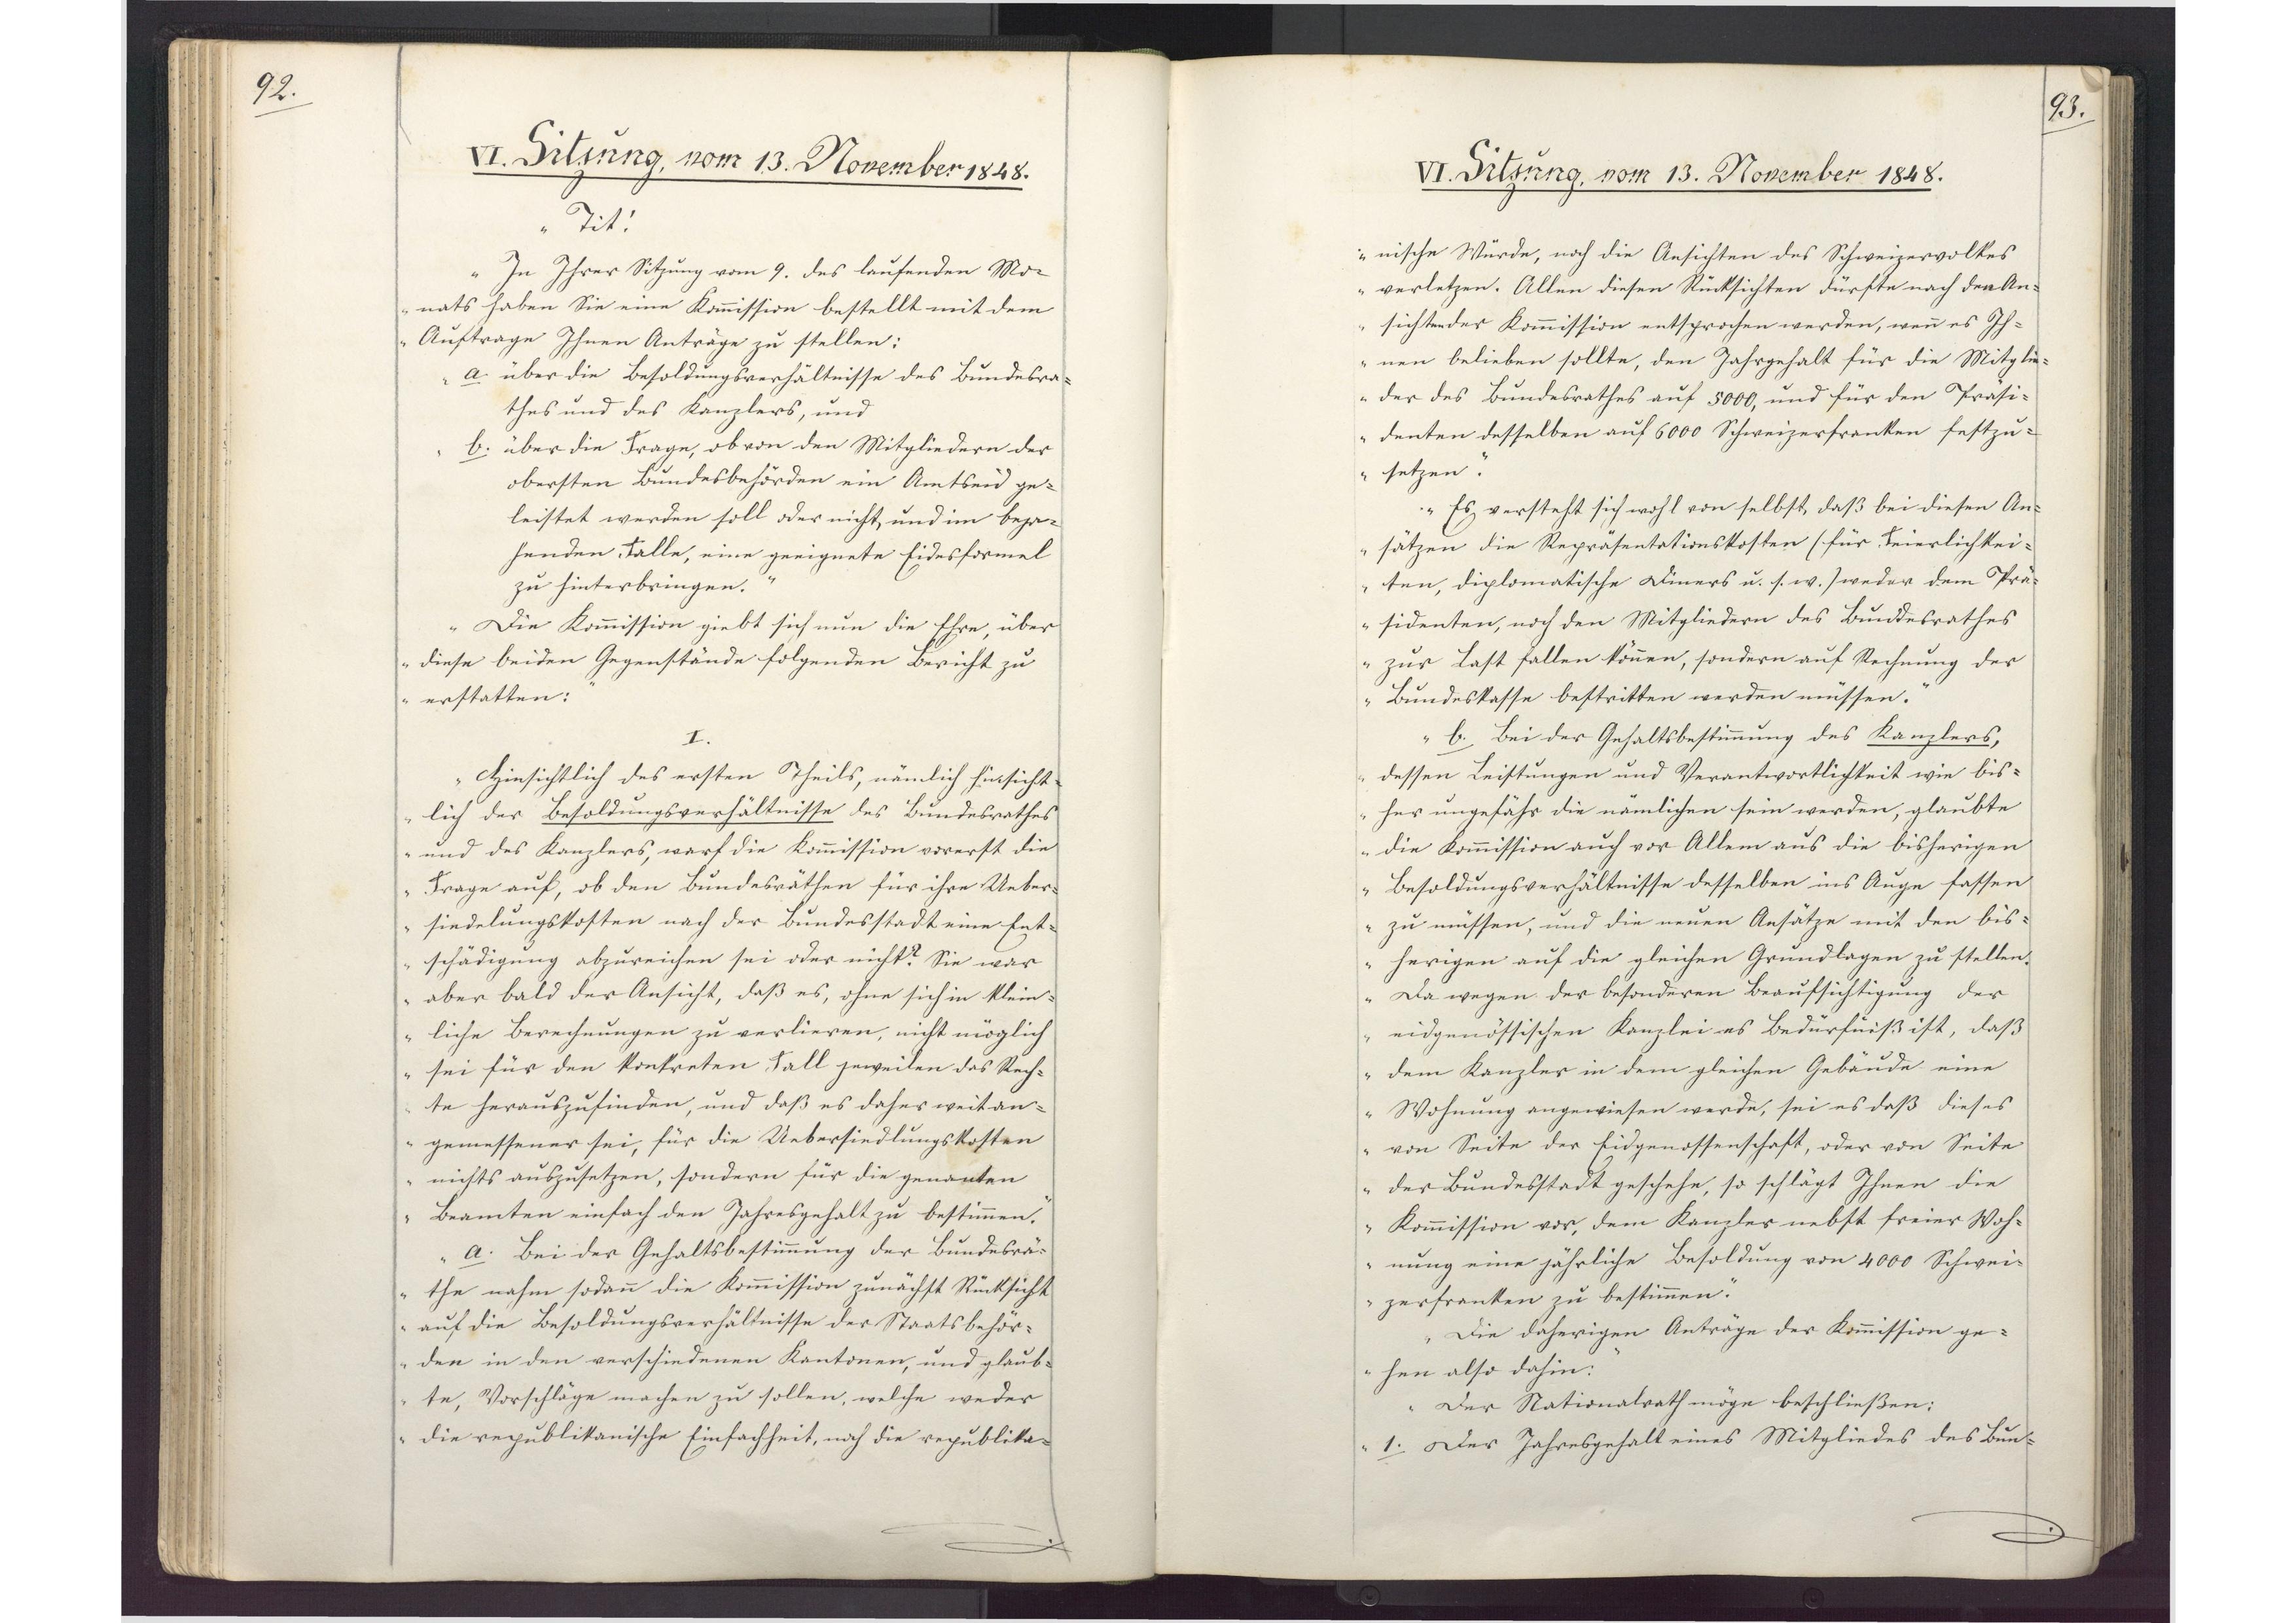
92.

VI. Sitzung, vom 13. November 1848.

"Tit!
In Ihrer Sitzung vom 9. des laufenden Mo¬
nats haben Sie eine Kommission bestellt mit dem
Auftrage Ihnen Anträge zu stellen:
a. über die Besoldungsverhältnisse des Bundesra¬
thes und des Kanzlers, und
b. über die Frage, ob von den Mitgliedern der
obersten Bundesbehörden ein Amtseid ge¬
leistet werden soll oder nicht, und im beja¬
henden Falle, eine geeignete Eidesformel
zu hinterbringen.
Die Kommission giebt sich nun die Ehre, über
diese beiden Gegenstände folgenden Bericht zu
erstatten.
I.
Hinsichtlich des ersten Theils, nämlich hinsicht¬
lich der Besoldungsverhältnisse des Bundesrathes
und des Kanzlers, warf die Kommission vorerst die
Frage auf, ob den Bundesräthen für ihre Ueber¬
siedelungskosten nach der Bundesstadt eine Ent¬
schädigung abzureichen sei oder nicht? Sie war
aber bald der Ansicht, daß es, ohne sich in klein¬
liche Berechnungen zu verlieren, nicht möglich
sei für den konkreten Fall jeweilen das Rech¬
te herauszufinden, und daß es daher weit an¬
gemessener sei, für die Uebersiedlungskosten
nichts auszusetzen, sondern für die genanten
Beamten einfach den Jahresgehalt zu bestimmen.
a. Bei der Gehaltsbestimmung der Bundesrä¬
the nahm sodann die Kommission zunächst Rücksicht
auf die Besoldungsverhältnisse der Staatsbehör¬
den in den verschiedenen Kantonen, und glaub¬
te, Vorschläge machen zu sollen, welche weder
die republikanische Einfachheit, noch die republika¬

93.

VI. Sitzung, vom 13. November 1848.

nische Würde, noch die Ansichten des Schweizervolkes
verletzen. Allen diesen Rücksichten dürfte nach den An¬
sichten der Kommission entsprochen werden, wenn es Ih¬
nen belieben sollte, den Jahrgehalt für die Mitglie¬
der des Bundesrathes auf 5000, und für den Präsi¬
denten desselben auf 6000 Schweizerfranken festzu¬
setzen.
Es versteht sich wohl von selbst, daß bei diesen An¬
sätzen die Repräsentationskosten (für Feierlichkei¬
ten, diplomatische Diners u.s.w.) weder dem Prä¬
sidenten, noch den Mitgliedern des Bundesrathes
zur Last fallen können, sondern auf Rechnung der
Bundeskasse bestritten werden müssen.
b. Bei der Gehaltsbestimmung des Kanzlers,
dessen Leistungen und Verantwortlichkeit wie bis¬
her ungefähr die nämlichen sein werden, glaubte
die Kommission auch vor Allem aus die bisherigen
Besoldungsverhältnisse desselben ins Auge fassen
zu müssen, und die neuen Ansätze mit den bis¬
herigen auf die gleichen Grundlagen zu stellen.
Da wegen der besonderen Beaufsichtigung der
eidgenössischen Kanzlei es Bedürfniß ist, daß
dem Kanzler in dem gleichen Gebäude eine
Wohnung angewiesen werde, sei es daß dieses
von Seite der Eidgenossenschaft, oder von Seite
der Bundesstadt geschehe, so schlägt Ihnen die
Komission vor, dem Kanzler nebst freier Woh¬
nung eine jährliche Besoldung von 4000 Schwei¬
zerfranken zu bestimmen.
Die daherigen Anträge der Kommission ge¬
hen also dahin:
Der Nationalrath möge beschließen:
1. Der Jahresgehalt eines Mitgliedes des Bun¬